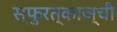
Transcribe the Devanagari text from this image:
स्फुरत्काञ्ची